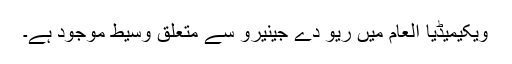
ویکیمیڈیا العام میں ریو دے جینیرو سے متعلق وسیط موجود ہے۔